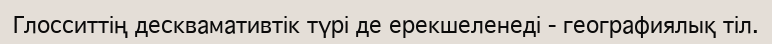
Глосситтің десквамативтік түрі де ерекшеленеді - географиялық тіл.